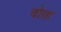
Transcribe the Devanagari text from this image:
बोरह